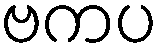
ဗကပ